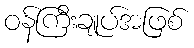
ဝန်ကြီးချုပ်အဖြစ်